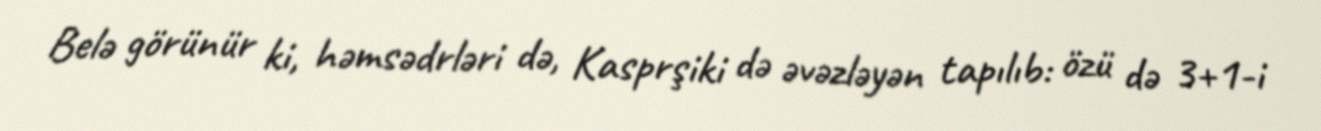
Belə görünür ki, həmsədrləri də, Kasprşiki də əvəzləyən tapılıb: özü də 3+1-i